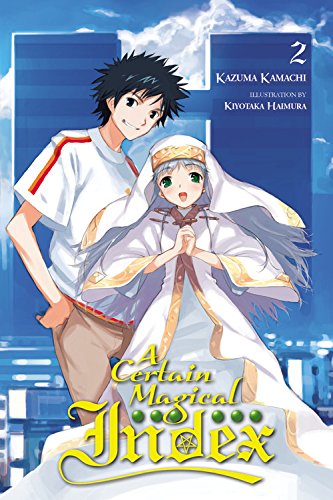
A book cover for A Certain Magical Index, Vol. 2; Kazuma Kamachi; Science Fiction & Fantasy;